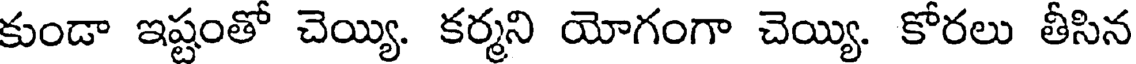
కుండా ఇష్టంతో చెయ్యి. కర్మని యోగంగా చెయ్యి. కోరలు తీసిన